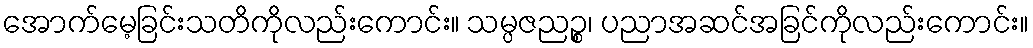
အောက်မေ့ခြင်းသတိကိုလည်းကောင်း။ သမ္ပဇညဉ္စ၊ ပညာအဆင်အခြင်ကိုလည်းကောင်း။